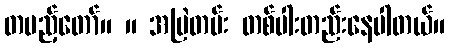
တပည့်တော်။ ။ အမြဲတမ်း တစ်ပါးတည်းနေပါတယ်။